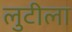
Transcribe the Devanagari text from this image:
लुटीला